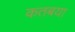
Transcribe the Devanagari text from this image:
कतबया